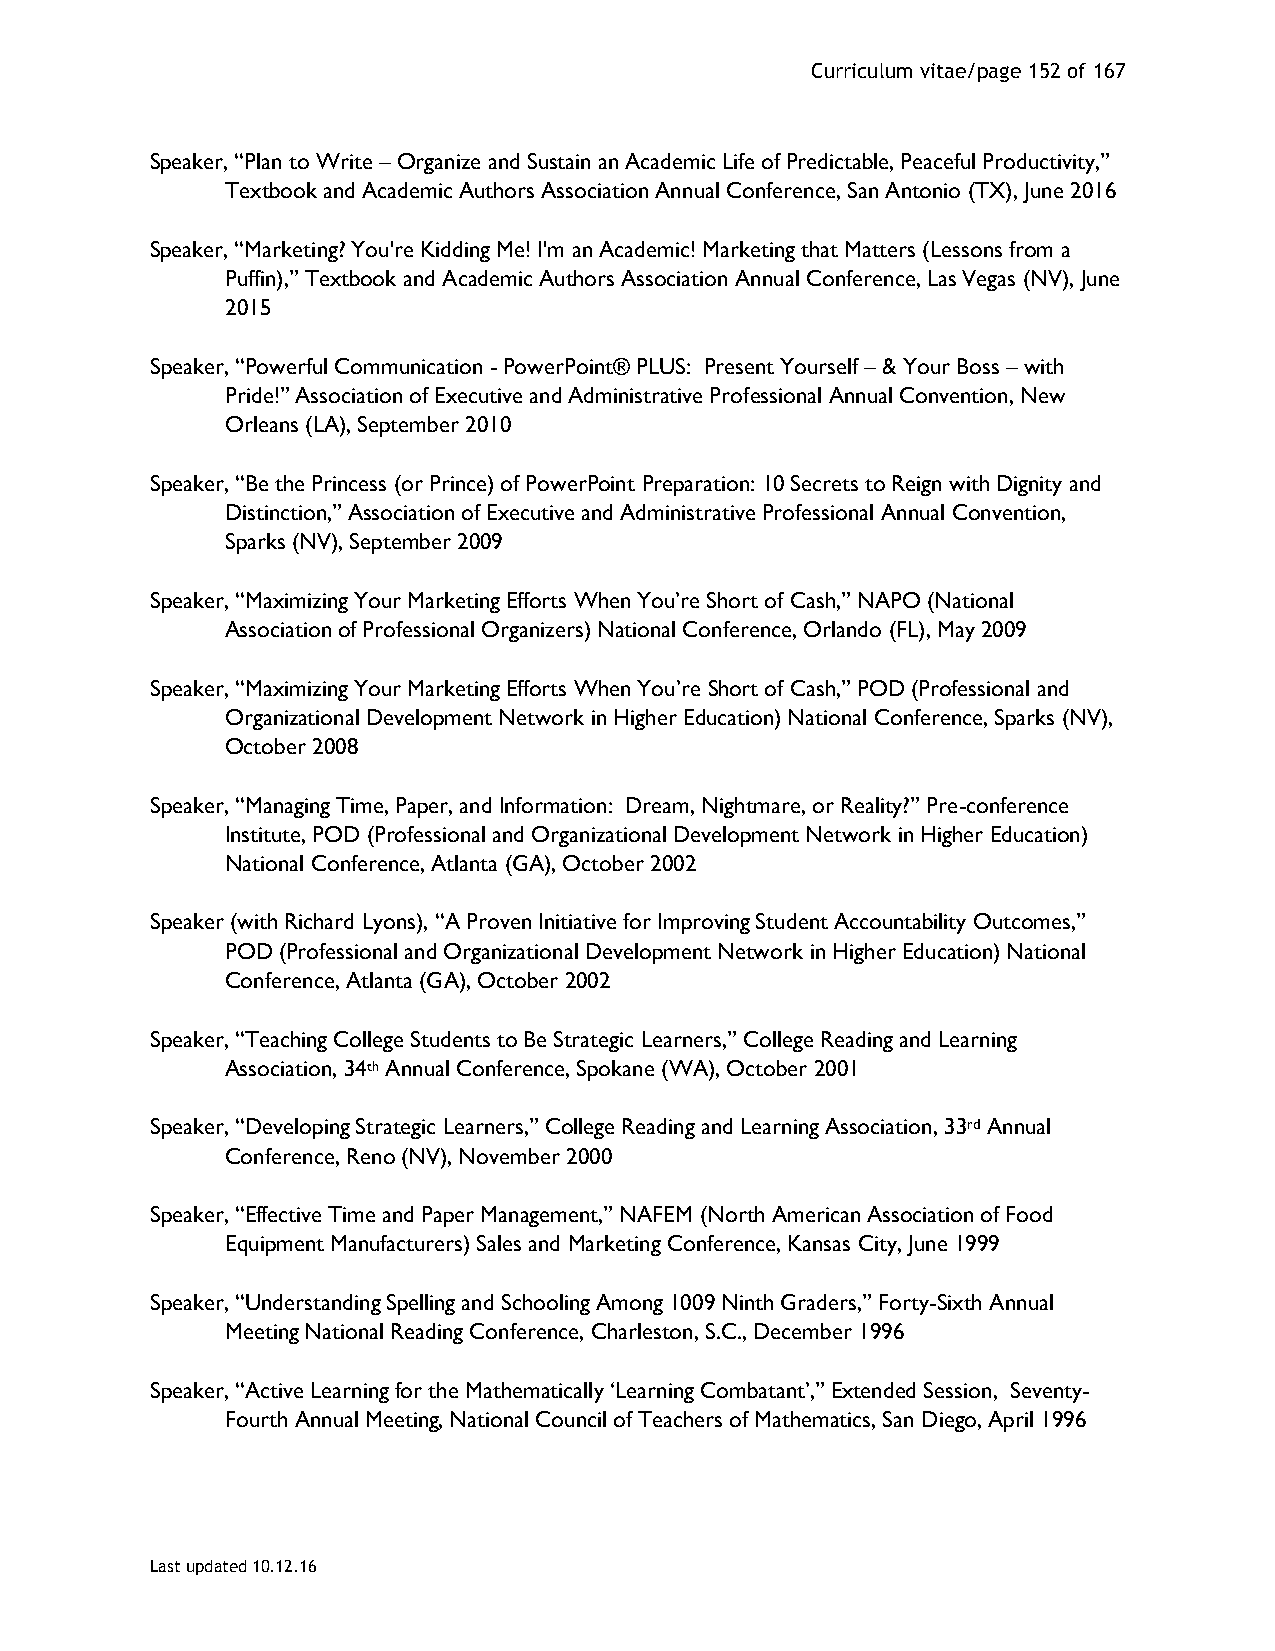
Curriculum vitae/page 152 of 167
 Speaker, “Plan to Write – Organize and Sustain an Academic Life of Predictable, Peaceful Productivity,”
 Textbook and Academic Authors Association Annual Conference, San Antonio (TX), June 2016
 Speaker, “Marketing? You're Kidding Me! I'm an Academic! Marketing that Matters (Lessons from a
 Puffin),” Textbook and Academic Authors Association Annual Conference, Las Vegas (NV), June
 2015
 Speaker, “Powerful Communication - PowerPoint® PLUS: Present Yourself – & Your Boss – with
 Pride!” Association of Executive and Administrative Professional Annual Convention, New
 Orleans (LA), September 2010
 Speaker, “Be the Princess (or Prince) of PowerPoint Preparation: 10 Secrets to Reign with Dignity and
 Distinction,” Association of Executive and Administrative Professional Annual Convention,
 Sparks (NV), September 2009
 Speaker, “Maximizing Your Marketing Efforts When You’re Short of Cash,” NAPO (National
 Association of Professional Organizers) National Conference, Orlando (FL), May 2009
 Speaker, “Maximizing Your Marketing Efforts When You’re Short of Cash,” POD (Professional and
 Organizational Development Network in Higher Education) National Conference, Sparks (NV),
 October 2008
 Speaker, “Managing Time, Paper, and Information: Dream, Nightmare, or Reality?” Pre-conference
 Institute, POD (Professional and Organizational Development Network in Higher Education)
 National Conference, Atlanta (GA), October 2002
 Speaker (with Richard Lyons), “A Proven Initiative for Improving Student Accountability Outcomes,”
 POD (Professional and Organizational Development Network in Higher Education) National
 Conference, Atlanta (GA), October 2002
 Speaker, “Teaching College Students to Be Strategic Learners,” College Reading and Learning
 Association, 34th Annual Conference, Spokane (WA), October 2001
 Speaker, “Developing Strategic Learners,” College Reading and Learning Association, 33rd Annual
 Conference, Reno (NV), November 2000
 Speaker, “Effective Time and Paper Management,” NAFEM (North American Association of Food
 Equipment Manufacturers) Sales and Marketing Conference, Kansas City, June 1999
 Speaker, “Understanding Spelling and Schooling Among 1009 Ninth Graders,” Forty-Sixth Annual
 Meeting National Reading Conference, Charleston, S.C., December 1996
 Speaker, “Active Learning for the Mathematically ‘Learning Combatant’,” Extended Session, Seventy-
 Fourth Annual Meeting, National Council of Teachers of Mathematics, San Diego, April 1996
 Last updated 10.12.16